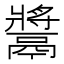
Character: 𩱑